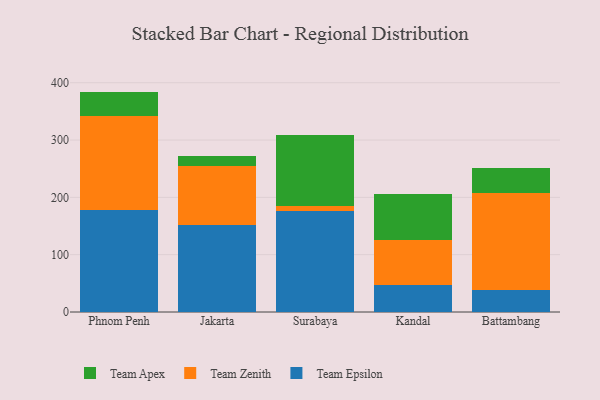
{"axis": {"x": "City", "y": "LTV (USD)"}, "legend": ["Team Apex", "Team Epsilon", "Team Zenith"], "data": [{"x": "Phnom Penh", "y": 178.6, "type": "Team Epsilon"}, {"x": "Phnom Penh", "y": 163.2, "type": "Team Zenith"}, {"x": "Phnom Penh", "y": 42.7, "type": "Team Apex"}, {"x": "Jakarta", "y": 152.3, "type": "Team Epsilon"}, {"x": "Jakarta", "y": 102.5, "type": "Team Zenith"}, {"x": "Jakarta", "y": 17.6, "type": "Team Apex"}, {"x": "Surabaya", "y": 175.4, "type": "Team Epsilon"}, {"x": "Surabaya", "y": 10.1, "type": "Team Zenith"}, {"x": "Surabaya", "y": 123.1, "type": "Team Apex"}, {"x": "Kandal", "y": 46.3, "type": "Team Epsilon"}, {"x": "Kandal", "y": 78.9, "type": "Team Zenith"}, {"x": "Kandal", "y": 81.1, "type": "Team Apex"}, {"x": "Battambang", "y": 38.9, "type": "Team Epsilon"}, {"x": "Battambang", "y": 168.3, "type": "Team Zenith"}, {"x": "Battambang", "y": 43.9, "type": "Team Apex"}]}